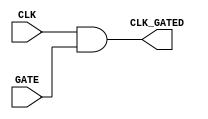
module clock_gating_cell (
    input wire CLK,        // Primary clock signal
    input wire GATE,      // Gating signal
    output wire CLK_GATED  // Gated clock signal
);
    // Implement clock gating logic
    assign CLK_GATED = CLK & GATE;
endmodule